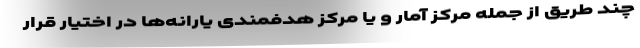
چند طریق از جمله مرکز آمار و یا مرکز هدفمندی یارانه‌ها در اختیار قرار